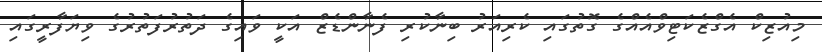
މިއުޒިކް އެގްޒެކަޓިވްއެއްގެ ގޮތުގައި ކެެރިއަރު ބިނާކުރި ފެނާންޑެޒް އަކީ ވައިގެ ދަތުރުފަތުރުގެ ވިޔަފާރީގައި